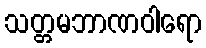
သတ္တမဘာဏဝါရော